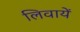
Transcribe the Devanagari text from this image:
लिवायें